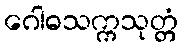
ဂေါဓသက္ကသုတ္တံ